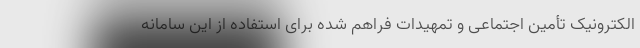
الکترونیک تأمین اجتماعی و تمهیدات فراهم شده برای استفاده از این سامانه